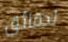
لدقائق